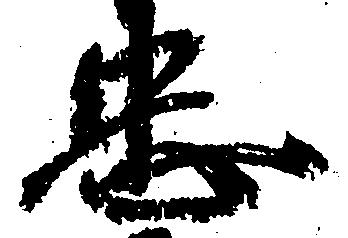
忠